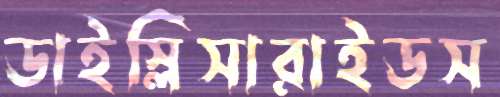
ডাইস্লিসারাইডস